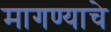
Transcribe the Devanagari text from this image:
मागण्याचे